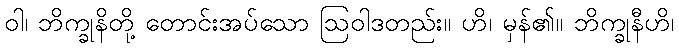
ဝါ၊ ဘိက္ခုနိတို့ တောင်းအပ်သော ဩဝါဒတည်း။ ဟိ၊ မှန်၏။ ဘိက္ခုနီဟိ၊